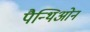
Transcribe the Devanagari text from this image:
पैन्थिओन